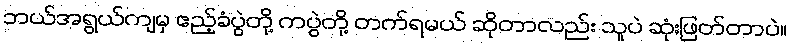
ဘယ်အရွယ်ကျမှ ဧည့်ခံပွဲတို့ ကပွဲတို့ တက်ရမယ် ဆိုတာလည်း သူပဲ ဆုံးဖြတ်တာပဲ။